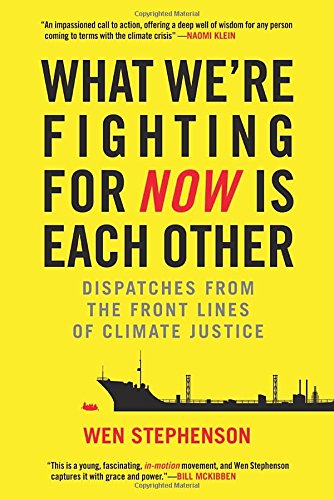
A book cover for What We're Fighting for Now Is Each Other: Dispatches from the Front Lines of Climate Justice; Wen Stephenson; Science & Math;